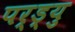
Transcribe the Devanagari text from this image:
पर्ड्यु